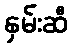
နှမ်းဆီ